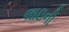
લાઇની